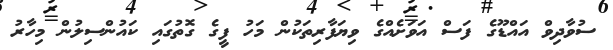
ސުވާދިވް އައްޑޫގެ ފަސް އަވަށެއްގެ ވިޔަފާރިތަކުން މަހު ފީގެ ގޮތުގައި ކައުންސިލުން މިހާރު